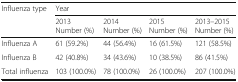
| <ROWSPAN=2> Influenza type | <COLSPAN=4> Year |
 | 2013Number (%) | 2014Number (%) | 2015Number (%) | 2013–2015Number (%) |
 | --- | --- | --- | --- | --- |
 | Influenza A | 61 (59.2%) | 44 (56.4%) | 16 (61.5%) | 121 (58.5%) |
 | Influenza B | 42 (40.8%) | 34 (43.6%) | 10 (38.5%) | 86 (41.5%) |
 | Total influenza | 103 (100.0%) | 78 (100.0%) | 26 (100.0%) | 207 (100.0%) |